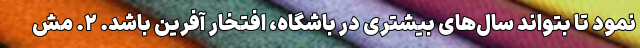
نمود تا بتواند سال‌های بیشتری در باشگاه، افتخار آفرین باشد. ۲. مش